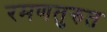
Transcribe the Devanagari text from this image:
रमणतुरुत